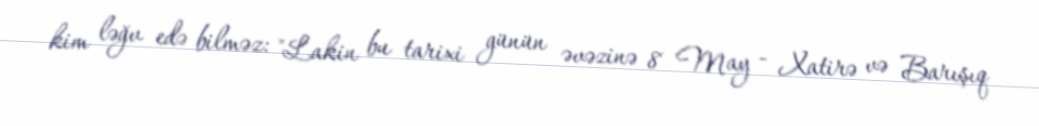
kim ləğv edə bilməz: "Lakin bu tarixi günün əvəzinə 8 May - Xatirə və Barışıq